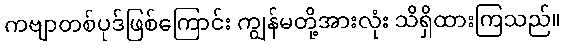
ကဗျာတစ်ပုဒ်ဖြစ်ကြောင်း ကျွန်မတို့အားလုံး သိရှိထားကြသည်။